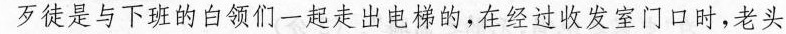
歹徒是与下班的白领们一起走出电梯的，在经过收发室门口时，老头